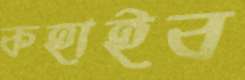
কহাইব